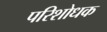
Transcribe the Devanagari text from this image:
परिशोधक